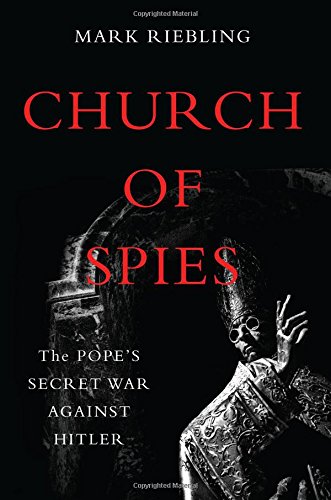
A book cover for Church of Spies: The PopeEEs Secret War Against Hitler; Mark Riebling; Biographies & Memoirs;